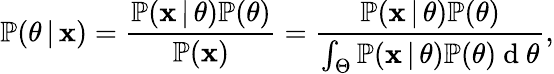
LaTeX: \mathbb{P}(\theta\, |\, \mathbf{x})=\frac{\mathbb{P}(\mathbf{x}\, |\, \theta)\mathbb{P}(\theta)}{\mathbb{P}(\mathbf{x})}=\frac{\mathbb{P}(\mathbf{x}\, |\, \theta)\mathbb{P}(\theta)}{\int_{\Theta}\mathbb{P}(\mathbf{x}\, |\, \theta)\mathbb{P}(\theta)\mathrm{~d~}\theta},